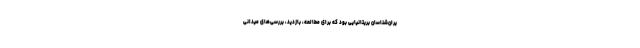
یران‌شناسان بریتانیایی بود که برای مطالعه، بازدید، بررسی‌های میدانی